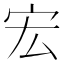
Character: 宏